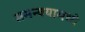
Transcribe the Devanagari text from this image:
समन्वयामध्ये